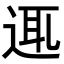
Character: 𨓊